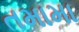
તમામા